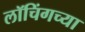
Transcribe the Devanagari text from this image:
लॉचिंगच्या